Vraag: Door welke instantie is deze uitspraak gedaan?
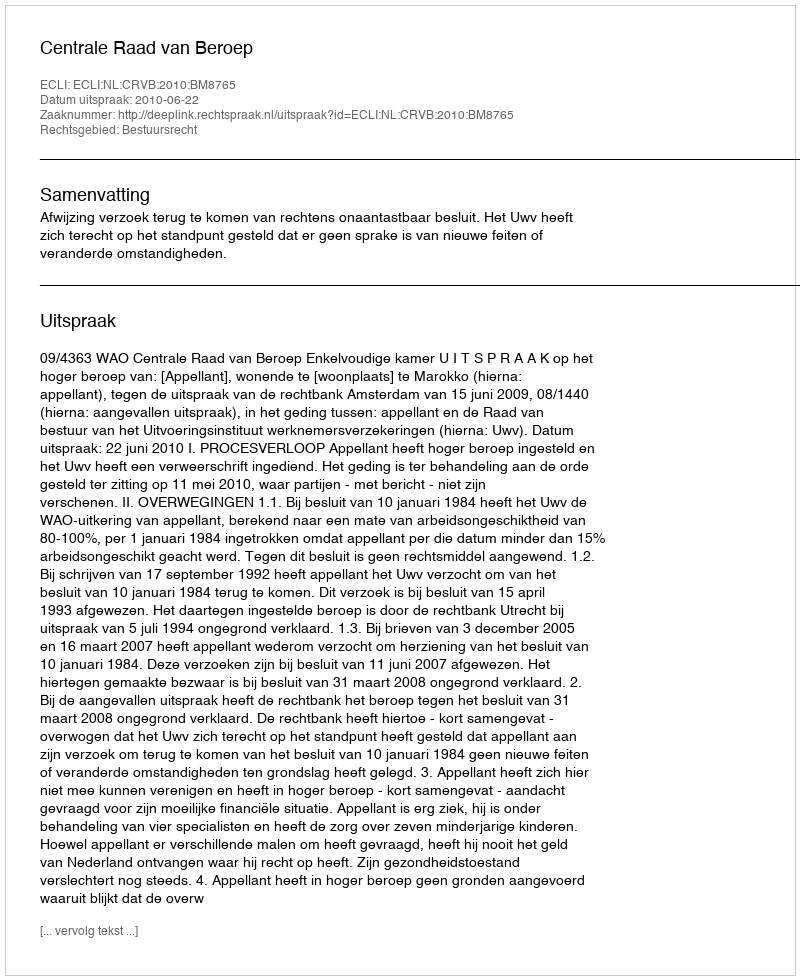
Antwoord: Centrale Raad van Beroep